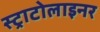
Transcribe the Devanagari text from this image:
स्ट्राटोलाइनर